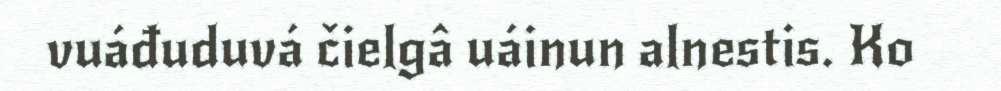
vuáđuduvá čielgâ uáinun alnestis. Ko